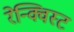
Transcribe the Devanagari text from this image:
रेन्क्विस्ट